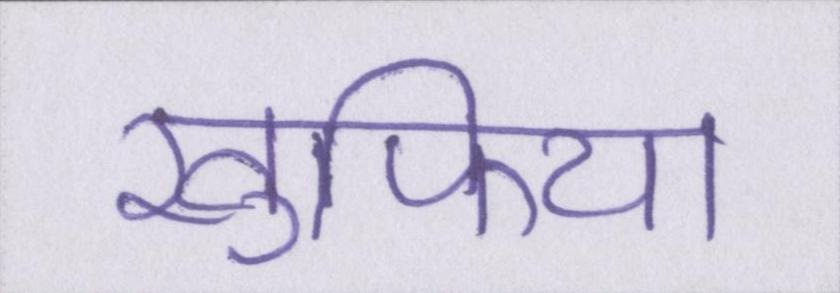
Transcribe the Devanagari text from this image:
खुफिया